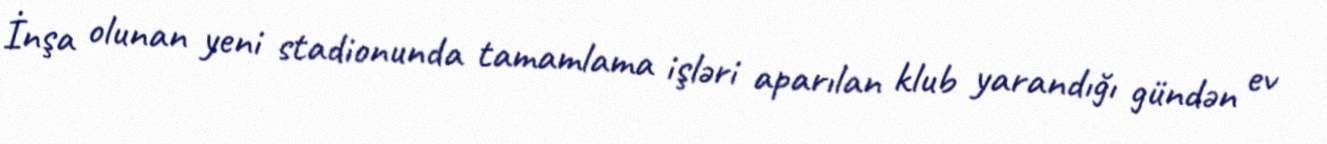
İnşa olunan yeni stadionunda tamamlama işləri aparılan klub yarandığı gündən ev